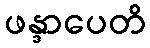
ဖန္ဒာပေတိ